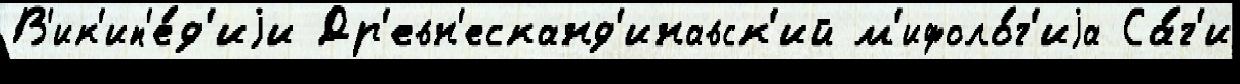
В'ик'ип'е́д'иjи Др'евн'есканд'инавск'ий м'ифоло́г'иjа Са́г'и